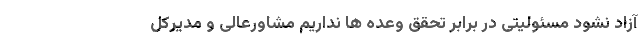
آزاد نشود مسئولیتی در برابر تحقق وعده ها نداریم مشاورعالی و مدیرکل